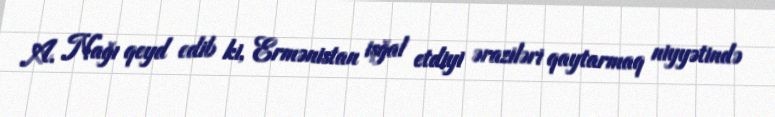
A. Nağı qeyd edib ki, Ermənistan işğal etdiyi əraziləri qaytarmaq niyyətində